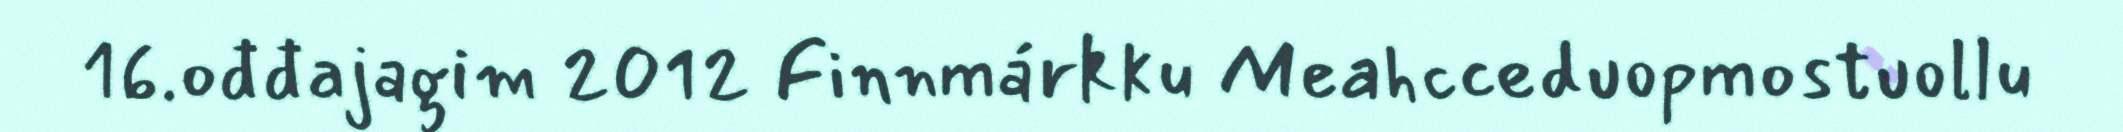
16.ođđajagim 2012 Finnmárkku Meahcceduopmostuollu